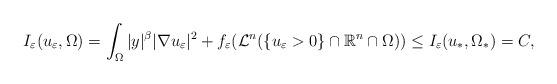
LaTeX: \begin{align*}I_\varepsilon(u_\varepsilon,\Omega)=\int_\Omega|y|^\beta|\nabla u_\varepsilon|^2+f_\varepsilon(\mathcal{L}^n(\{u_\varepsilon>0\}\cap\mathbb{R}^n\cap\Omega))\leq I_\varepsilon(u_*,\Omega_*)=C,\end{align*}